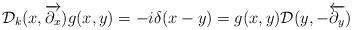
LaTeX: \begin{align*}{\cal D}_{k}(x,\overrightarrow{\partial_x}) g(x,y) =-i\delta(x-y)=g(x,y){\cal D}(y,-\overleftarrow{\partial_y}) \end{align*}